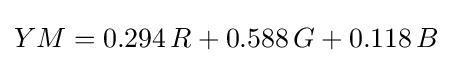
{\begin{aligned}YM=0.294\,R+0.588\,G+0.118\,B\end{aligned}}